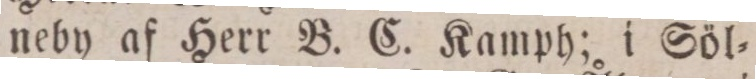
neby af Herr B. C. Kamph; i Söl=